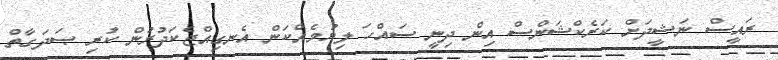
ރައީސް ނަޝީދަށް ކަރެކްޝަންސް އިން ދިނީ ސައްހަ ލިޔުމެއްކަން އެނގިއްޖެކަދުރުން ކުރި ޞަދަގާތް